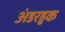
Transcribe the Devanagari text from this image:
अंडरहुक